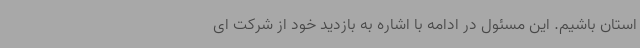
استان باشیم. این مسئول در ادامه با اشاره به بازدید خود از شرکت ای